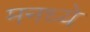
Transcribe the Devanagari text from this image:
मनध्ये